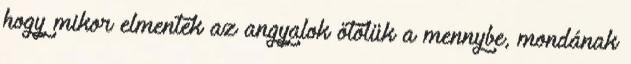
hogy mikor elmentek az angyalok őtőlük a mennybe, mondának